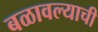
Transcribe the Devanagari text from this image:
बळावल्याची